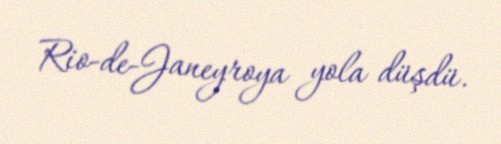
Rio-de-Janeyroya yola düşdü.